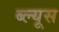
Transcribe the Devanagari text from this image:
ब्ल्यूस